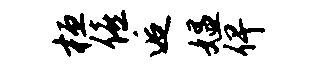
桓僖逅媪俾